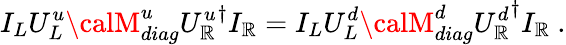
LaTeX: I_{L}U_{L}^{u}{\calM}_{diag}^{u}{U_{\mathbb{R}}^{u}}^{\dagger}I_{\mathbb{R}}=I_{L}U_{L}^{d}{\calM}_{diag}^{d}{U_{\mathbb{R}}^{d}}^{\dagger}I_{\mathbb{R}}~.